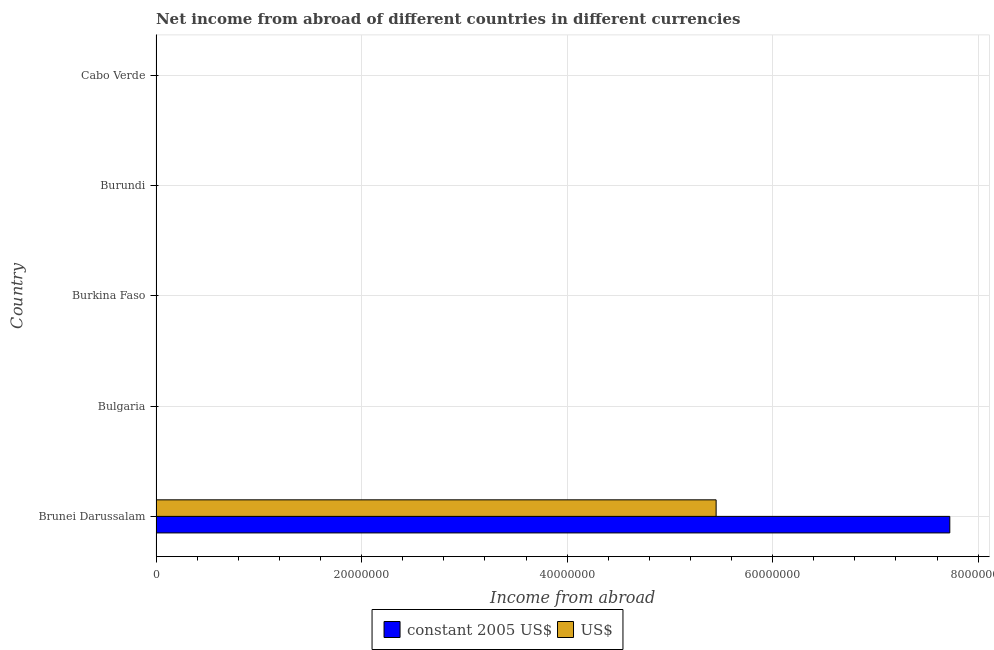
| Country | constant 2005 US$ | US$ |
 | --- | --- | --- |
 | Brunei Darussalam | 7.72e+07 | 5.45e+07 |
 | Bulgaria | -3.43e+09 | -2.57e+09 |
 | Burkina Faso | -9.84e+09 | -2.2e+07 |
 | Burundi | -5.1e+09 | -4.3e+06 |
 | Cabo Verde | -3.55e+09 | -4.71e+07 |